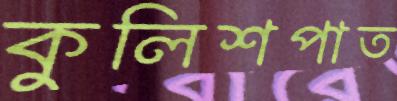
কুলিশপাত